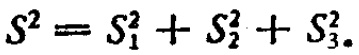
$S^{2}=S_{1}^{2}+S_{2}^{2}+S_{3}^{2}.$